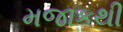
મજાકથી